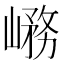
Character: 𡺱